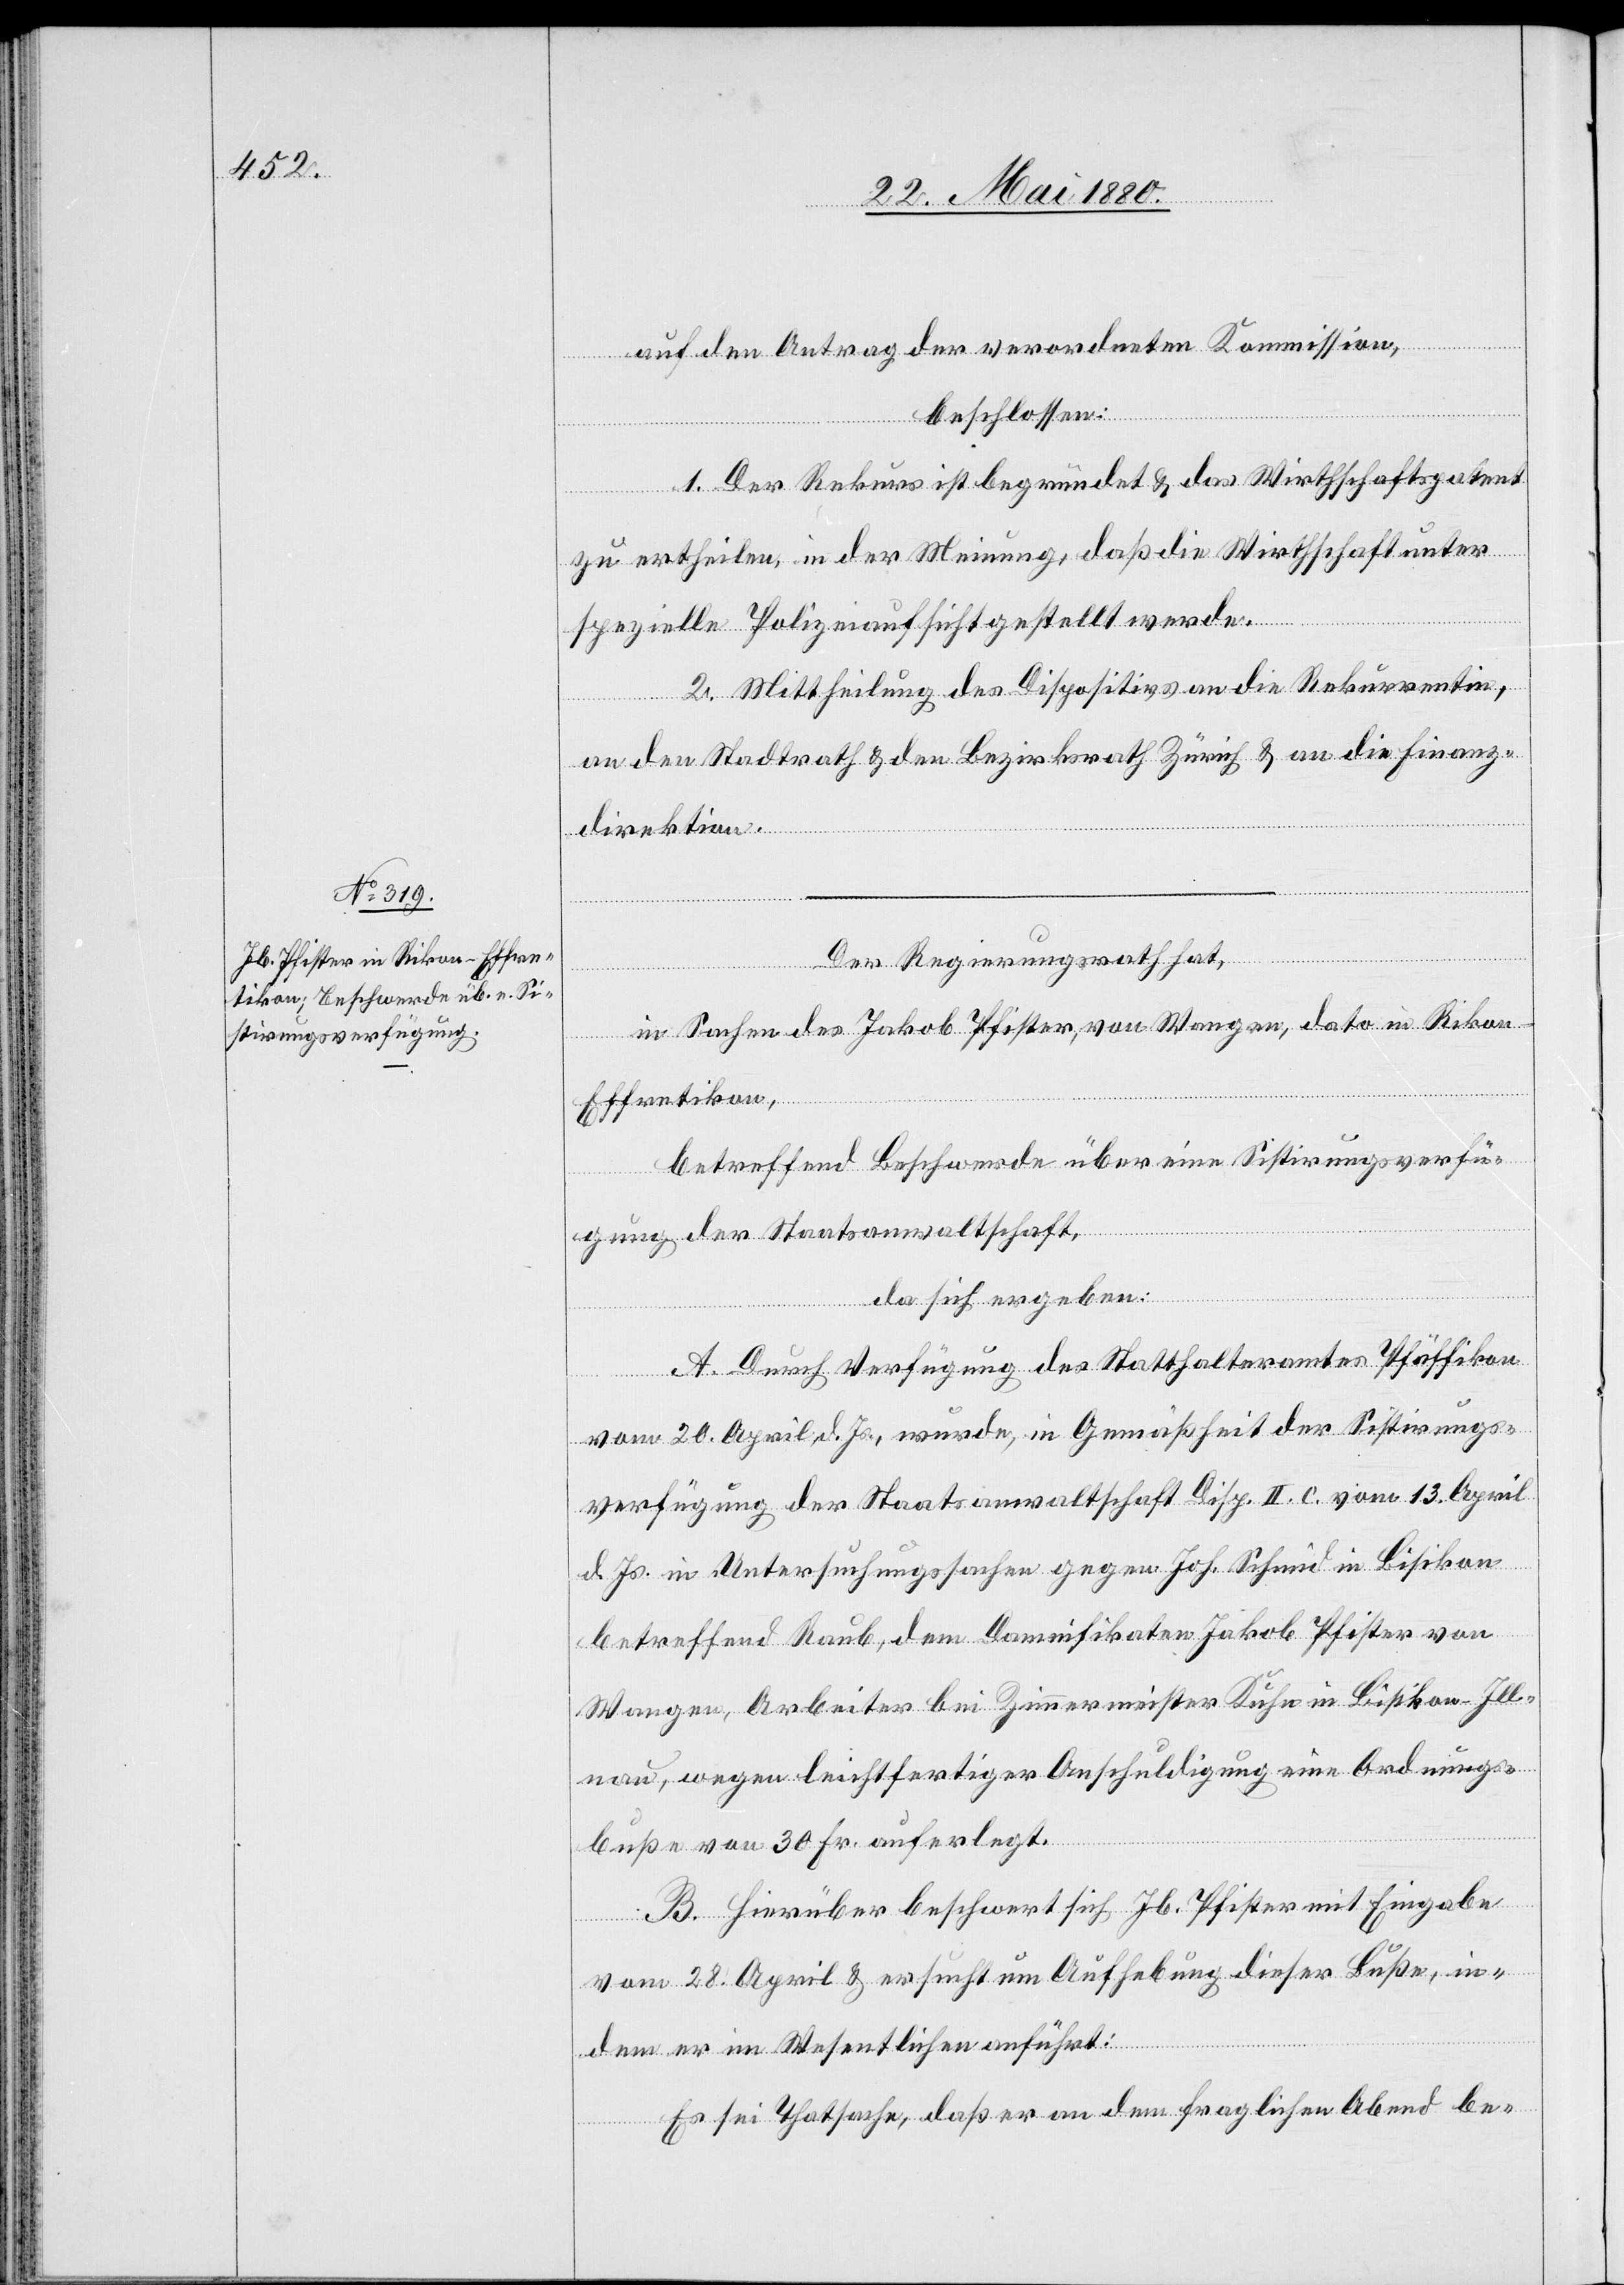
auf den Antrag der verordneten Kommission,
beschlossen:
1. Der Rekurs ist begründet & das Wirthschaftspatent
zu ertheilen, in der Meinung, daß die Wirthschaft unter
spezielle Polizeiaufsicht gestellt werde.
2. Mittheilung des Dispositivs an die Rekurrentin,
an den Stadtrath & den Bezirksrath Zürich & an die Finanz¬
direktion.
Der Regierungsrath hat,
in Sachen des Jakob Pfister, von Wangen, dato in Rikon
-
Effretikon,
betreffend Beschwerde über eine Sistirungsverfü¬
gung der Staatsanwaltschaft,
da sich ergeben:
A. Durch Verfügung des Statthalteramtes Pfäffikon
vom 20. April d. Js. wurde, in Gemäßheit der Sistirungs¬
verfügung der Staatsanwaltschaft Disp. II c. vom 13. April
d. Js. in Untersuchungssachen gegen Joh. Schmid in Bisikon
betreffend Raub, dem Damnifikaten Jakob Pfister von
Wangen, Arbeiter bei Zimmermeister Kuhn in Bisikon - Ill¬
nau, wegen leichtfertiger Anschuldigung eine Ordnungs¬
buße von 30 Fr. auferlegt.
B. Hierüber beschwert sich Jb. Pfister mit Eingabe
vom 28. April & ersucht um Aufhebung dieser Buße, in¬
dem er im Wesentlichen anführt:
Es sei Thatsache, daß er an dem fraglichen Abend be-